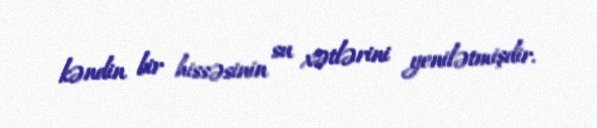
kəndin bir hissəsinin su xətlərini yenilətmişdir.